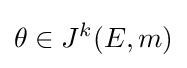
\theta \in J^{k}(E,m)